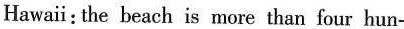
Hawaii:the beach is more than four hun-